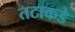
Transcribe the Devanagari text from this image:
तटाकडे